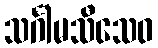
သင်္ဂါမသီသေဝ